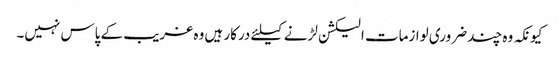
کیونکہ وہ چند ضروری لوازمات الیکشن لڑنے کیلئے درکار ہیں وہ غریب کے پاس نہیں۔